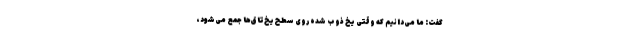
گفت: ما می‌دانیم که وقتی یخ ذوب شده روی سطح یخ‌تاق‌ها جمع می‌شود،